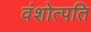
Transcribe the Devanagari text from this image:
वंशोत्पति